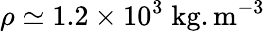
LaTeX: \rho\simeq 1.2\times 10^{3}\; \mathrm{{kg.m^{-3}}}